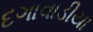
દગાવાડીયા